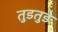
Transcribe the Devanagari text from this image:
तुडतुडे